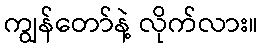
ကျွန်တော်နဲ့ လိုက်လား။